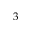
3